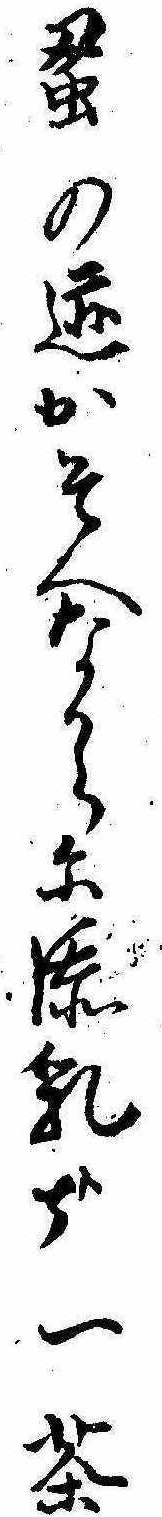
蚤の跡かそへなからに添乳哉一茶